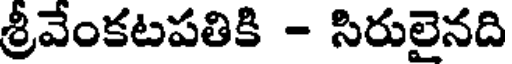
శ్రీవేంకటపతికి - సిరులైనది